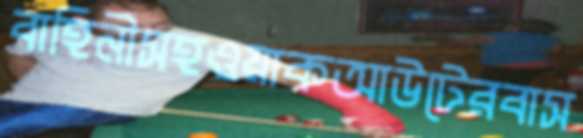
বাহিনীসহওয়াকআউটেরবাস